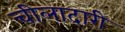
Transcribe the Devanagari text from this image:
चीलादारी